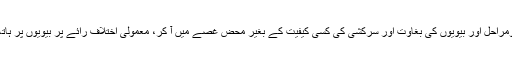
وہ یہ کہ انھوں نے اِن ابتدائی دومراحل اور بیویوں کی بغاوت اور سرکشی کی کسی کیفیت کے بغیر محض غصے میں آ کر، معمولی اختلاف رائے پر بیویوں پر ہاتھ اٹھایا تو وہ اللہ کے مجرم ہیں۔